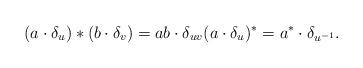
LaTeX: \begin{align*}(a\cdot\delta_u)*(b\cdot\delta_v)=ab\cdot \delta_{uv} (a\cdot \delta_u)^*=a^*\cdot \delta_{u^{-1}}.\end{align*}